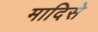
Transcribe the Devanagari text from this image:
मादिसे